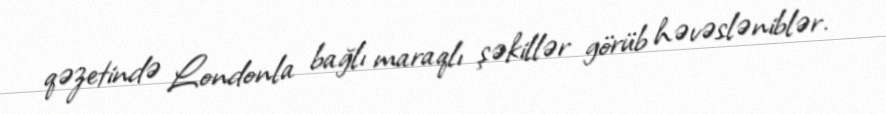
qəzetində Londonla bağlı maraqlı şəkillər görüb həvəsləniblər.